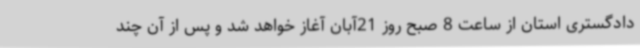
دادگستری استان از ساعت 8 صبح روز 21آبان آغاز خواهد شد و پس از آن چند